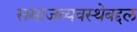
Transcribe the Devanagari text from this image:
समाजव्यवस्थेबद्दल